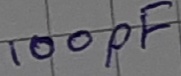
Text: 100pF